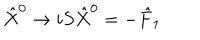
LaTeX: { \hat { X } } ^ { 0 } \rightarrow i S { \hat { X } } ^ { 0 } = - { \hat { F } } _ { 1 }